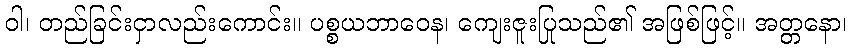
ဝါ၊ တည်ခြင်းငှာလည်းကောင်း။ ပစ္စယဘာဝေန၊ ကျေးဇူးပြုသည်၏ အဖြစ်ဖြင့်။ အတ္တနော၊